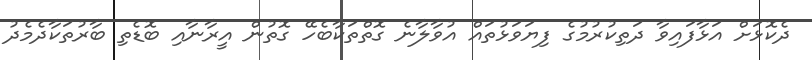
ދެކޮޅަށް އަޅާފައިވާ ދަތިކުރުމުގެ ފިޔަވަޅުތައް އުވާލާނެ ގޮތްތަކާބެހޭ ގޮތުން އީރާނާއި ބޮޑެތި ބާރުތަކާދެމެދު